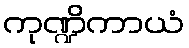
ကုဏ္ဍိကာယံ